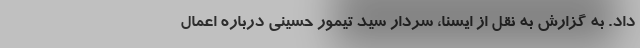
داد. به گزارش به نقل از ایسنا، سردار سید تیمور حسینی درباره اعمال